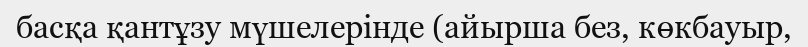
басқа қантұзу мүшелерінде (айырша без, көкбауыр,